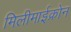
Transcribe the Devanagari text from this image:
मिलीमाईक्रोन